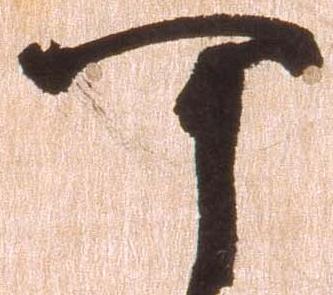
可